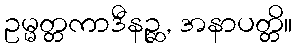
ဥမ္မတ္တကာဒီနဉ္ဆ, အနာပတ္တိ။